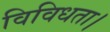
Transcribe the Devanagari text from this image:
विविधता।